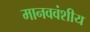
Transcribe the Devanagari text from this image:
मानववंशीय